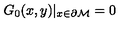
G _ { 0 } ( x , y ) | _ { x \in { \partial { \cal M } } } = 0